Vaccination in the Punjab 1905-1918 - 1905-1918
Year: 1905
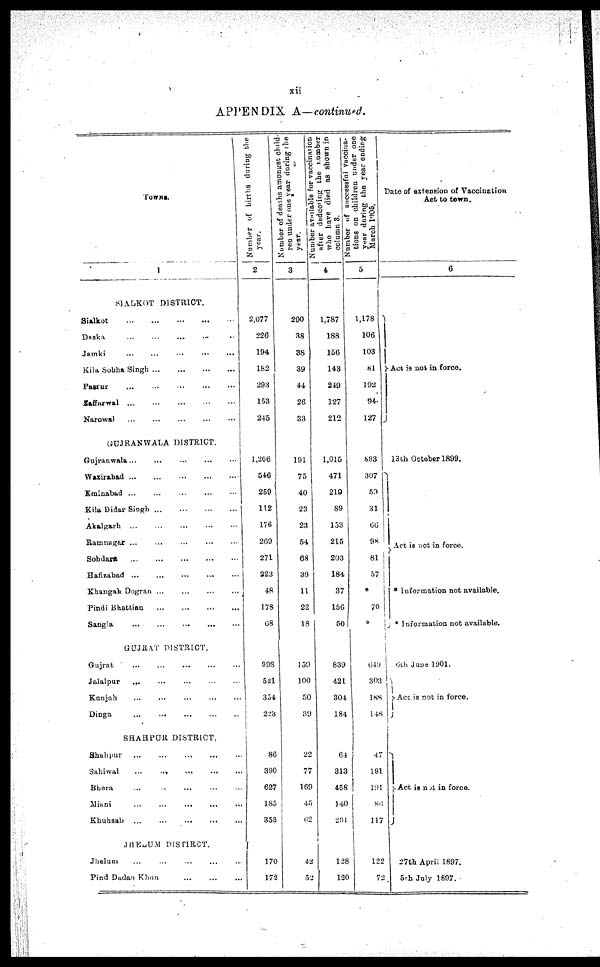
xii
APPENDIX A—continued.
TOWNS.
1
SIALKOT DISTRICT.
Sialkot
...
...
...
...
...
Daska ... ... ... ... ...
Jainki ... ... ... ... ...
Kila Sobha Singh ... ... ... ... ...
Pasrur
...
...
...
...
...
Zaffarwal
...
...
...
...
...
Narowal ... ... ... ... ...
GUJRANWALA DISTRICT.
Gujranwala ... ... ... ... ...
Wazirabad
...
...
...
...
...
Eminabad ... ... ... ... ...
Kila Didar Singh ... ... ... ...
Akalgarh
...
...
...
...
Ramnagar ... ... ... ...
Sohdara
...
...
...
...
Hafizabad ... ... ... ...
Khangah Dogran
...
...
...
...
Pindi Bhattian
...
...
...
...
Sangla
...
...
...
...
...
GUJRAT
DISTRICT.
Gujrat
...
...
...
...
...
Jalalpur ... ... ... ... ...
Konjah ... ... ... ... ...
Dinga
...
...
...
...
...
SHAHPUR DISTRICT.
Shahpur ... ... ... ... ...
Sahiwal
...
...
...
...
...
Bhera ... ... ... ... ...
Minni ... ... ... ... ...
Khuhsab
...
...
...
JHELUM
DISTRICT.
Jhelum ... ... ... ... ...
Pind Dadan Khan
...
...
...
Number of births during the
year.
2
2,077
226
194
182
293
153
245
1,206
546
269
112
176
269
271
223
48
178
68
998
521
354
223
86
390
627
185
353
170
172
Number of deaths amongst child-
ren under one year during the
year.
3
290
38
38
39
44
26
33
191
75
40
23
23
54
68
39
11
22
18
159
100
50
39
22
77
169
45
62
42
52
Number available
for vaccination
after deducting
the
number
who have died as shown in
column 3.
4
1,787
188
156
143
249
127
212
1,015
471
219
89
153
215
203
184
37
156
50
839
421
304
184
64
313
458
140
291
128
120
Number of successful vaccina-
tions on children under one
year during
the year ending
March 1905.
5
1,178
106
103
81
192
94
127
893
307
59
31
66
98
81
57
70
649
303
188
148
47
191
191
86
117
122
72
Date of extension of Vaccination
Act to town.
6
Act is not in force.
13th October 1899.
Act is not in force.
* Information not available.
* Information not available.
6th June 1901.
Act is not in force.
Act is not in force.
27th April 1897.
5th July 1897.